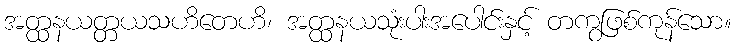
အတ္ထနယတ္တယသဟိတေဟိ၊ အတ္ထနယသုံးပါးအပေါင်းနှင့် တကွဖြစ်ကုန်သော။